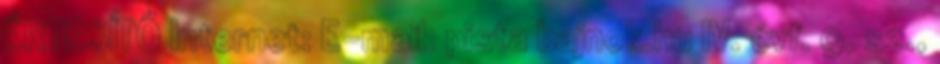
ÉRTESÍTŐ Internet: E-mail: pista bajnok.hu IV. évf. 9. sz.,